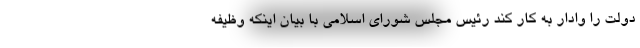
دولت را وادار به کار کند رئیس مجلس شورای اسلامی با بیان اینکه وظیفه